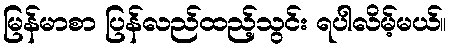
မြန်မာစာ ပြန်လည်ထည့်သွင်း ရပါလိမ့်မယ်။